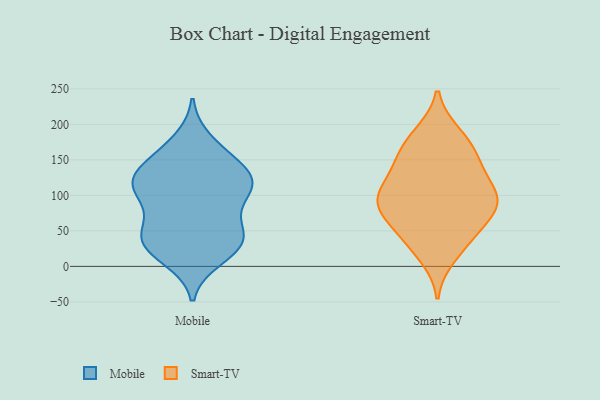
{"axis": {"x": "Inventory Turnover", "y": "Value"}, "legend": ["Mobile", "Smart-TV"], "data": [{"x": "", "y": 24, "type": "Mobile"}, {"x": "", "y": 21, "type": "Mobile"}, {"x": "", "y": 46, "type": "Mobile"}, {"x": "", "y": 108, "type": "Mobile"}, {"x": "", "y": 11, "type": "Mobile"}, {"x": "", "y": 135, "type": "Mobile"}, {"x": "", "y": 123, "type": "Mobile"}, {"x": "", "y": 150, "type": "Mobile"}, {"x": "", "y": 87, "type": "Mobile"}, {"x": "", "y": 45, "type": "Mobile"}, {"x": "", "y": 38, "type": "Mobile"}, {"x": "", "y": 121, "type": "Mobile"}, {"x": "", "y": 113, "type": "Mobile"}, {"x": "", "y": 40, "type": "Mobile"}, {"x": "", "y": 160, "type": "Mobile"}, {"x": "", "y": 115, "type": "Mobile"}, {"x": "", "y": 92, "type": "Mobile"}, {"x": "", "y": 51, "type": "Mobile"}, {"x": "", "y": 177, "type": "Mobile"}, {"x": "", "y": 123, "type": "Mobile"}, {"x": "", "y": 116, "type": "Smart-TV"}, {"x": "", "y": 117, "type": "Smart-TV"}, {"x": "", "y": 96, "type": "Smart-TV"}, {"x": "", "y": 87, "type": "Smart-TV"}, {"x": "", "y": 31, "type": "Smart-TV"}, {"x": "", "y": 53, "type": "Smart-TV"}, {"x": "", "y": 163, "type": "Smart-TV"}, {"x": "", "y": 99, "type": "Smart-TV"}, {"x": "", "y": 67, "type": "Smart-TV"}, {"x": "", "y": 42, "type": "Smart-TV"}, {"x": "", "y": 136, "type": "Smart-TV"}, {"x": "", "y": 154, "type": "Smart-TV"}, {"x": "", "y": 14, "type": "Smart-TV"}, {"x": "", "y": 86, "type": "Smart-TV"}, {"x": "", "y": 84, "type": "Smart-TV"}, {"x": "", "y": 152, "type": "Smart-TV"}, {"x": "", "y": 185, "type": "Smart-TV"}, {"x": "", "y": 187, "type": "Smart-TV"}, {"x": "", "y": 88, "type": "Smart-TV"}]}